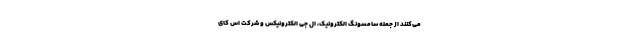
می‌کنند از جمله سامسونگ الکترونیک، ال جی الکترونیکس و شرکت اس کای